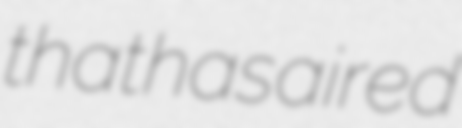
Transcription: that has aired